画像に写った文字を読んでください
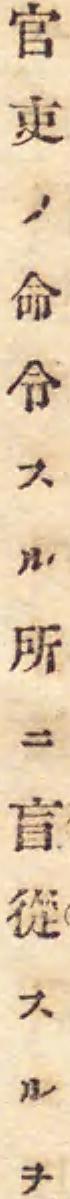
「官吏ノ命令スル所ニ盲從スルヲ」と書いてあります